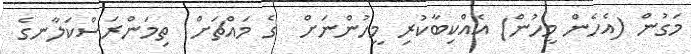
މަގުން (އެހެން މީހުން) އެއްކިބާކުރި މީހުންނަށް  ގެ މައްޗަށް  ތިމަންރަސްކަލާނގެ